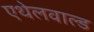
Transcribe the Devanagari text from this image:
एथेलवाल्ड